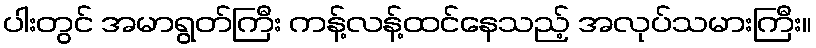
ပါးတွင် အမာရွတ်ကြီး ကန့်လန့်ထင်နေသည့် အလုပ်သမားကြီး။